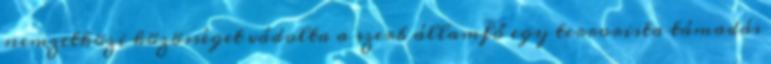
nemzetközi közösséget vádolta a szerb államfő egy terrorista támadás